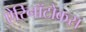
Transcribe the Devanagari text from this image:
ऐरिनॉटोकस